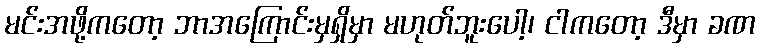
မင်းအဖို့ကတော့ ဘာအကြောင်းမှရှိမှာ မဟုတ်ဘူးပေါ့၊ ငါကတော့ ဒီမှာ ခဏ